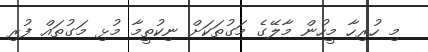
މި ހުރިހާ މީހުން މާލޭގެ މަގުތަކަށް ނިކުތީމާ މުޅި މަގުތައް ފުރި